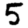
Digit: 5